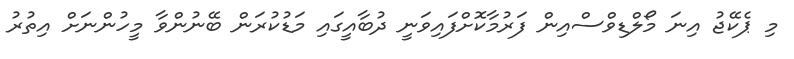
މި ޕެކޭޖު އިނަ މޯލްޑިވްސްއިން ފަރުމާކޮށްފައިވަނީ ދުބާއީގައި މަޑުކުރަން ބޭނުންވާ މީހުންނަށް އިތުރު